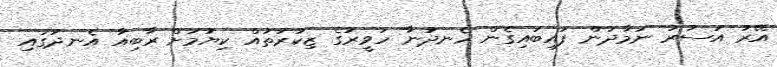
އޭރު އަސުރު ނަމާދުން ފައިބައިގެން ހެނދުނާ ހަވީރުގެ ޒިކުރުތައް ކިޔުމަށް ރާބިއާ އެނދުގައި